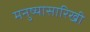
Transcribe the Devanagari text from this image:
मनुष्यासारिखी